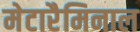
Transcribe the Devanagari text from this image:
मेटारैमिनाल